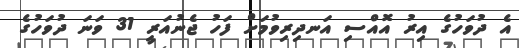
އެ ދުވަހުގެ އިރު އޮއްސި އަނދިރިވުމަށް ފަހު ޖެނުއަރީ 31 ވަނަ ދުވަހުގެ